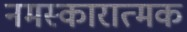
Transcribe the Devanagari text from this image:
नमस्कारात्मक